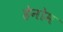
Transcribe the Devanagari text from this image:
हेनोम